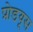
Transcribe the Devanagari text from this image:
प्रोडयूस